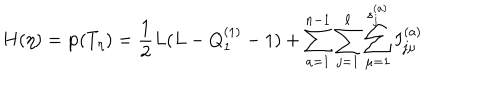
LaTeX: H ( \eta ) = { \bf p } ( T _ { \eta } ) = { \frac { 1 } { 2 } } L ( L - Q _ { 1 } ^ { ( 1 ) } - 1 ) + \sum _ { a = 1 } ^ { n - 1 } \sum _ { j = 1 } ^ { \ell } \sum _ { \mu = 1 } ^ { s _ { j } ^ { ( a ) } } I _ { j \mu } ^ { ( a ) }